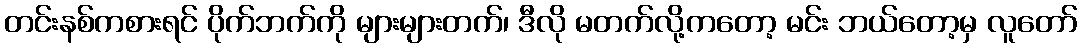
တင်းနစ်ကစားရင် ပိုက်ဘက်ကို များများတက်၊ ဒီလို မတက်လို့ကတော့ မင်း ဘယ်တော့မှ လူတော်